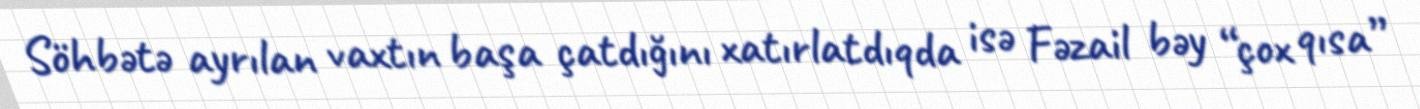
Söhbətə ayrılan vaxtın başa çatdığını xatırlatdıqda isə Fəzail bəy “çox qısa”